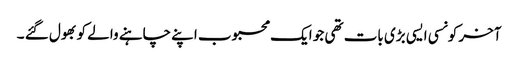
آخر کونسی ایسی بڑی بات تھی جو ایک محبوب اپنے چاہنے والے کو بھول گئے ۔